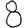
Digit: 8